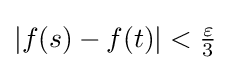
|f(s)-f(t)|<{\tfrac {\varepsilon }{3}}